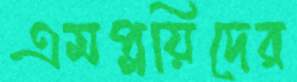
এমপ্লয়িদের